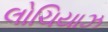
લોચિયાઝ